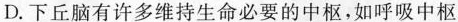
D.下丘脑有许多维持生命必要的中枢，如呼吸中枢